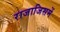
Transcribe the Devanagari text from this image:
राजाजिसमें